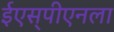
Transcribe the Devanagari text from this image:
ईएस्‌पीएनला